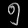
Digit: ၅